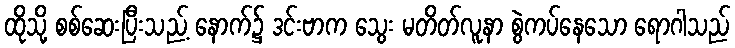
ထိုသို့ စစ်ဆေးပြီးသည့် နောက်၌ ဒင်းဗာက သွေး မတိတ်လူနာ စွဲကပ်နေသော ရောဂါသည်